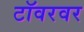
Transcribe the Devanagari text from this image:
टॉवरवर